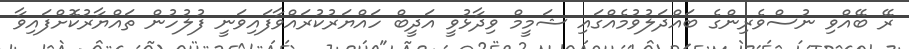
ރޭ ބޭއްވި ނުސްވެރިންގެ ބައްދަލުވުމެއްގައި ޝަމީމް ވިދާޅުވީ އަދީބް ހައްޔަރުކުރައްވާފައިވަނީ ފުލުހުން ތައްޔާރުކޮށްފައިވާ